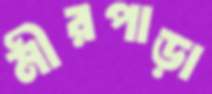
মীরপাড়া